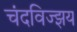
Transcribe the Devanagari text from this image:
चंदविज्झय